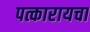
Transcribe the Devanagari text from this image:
पत्कारायचा